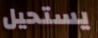
يستحيل